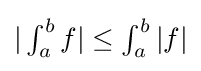
{\textstyle |\int _{a}^{b}f|\leq \int _{a}^{b}|f|}